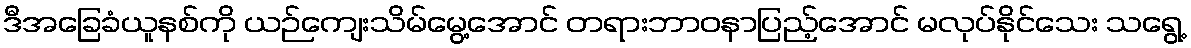
ဒီအခြေခံယူနစ်ကို ယဉ်ကျေးသိမ်မွေ့အောင် တရားဘာဝနာပြည့်အောင် မလုပ်နိုင်သေး သရွေ့